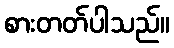
စားတတ်ပါသည်။